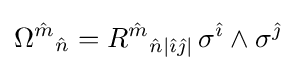
{\Omega ^{\hat {m}}}_{\hat {n}}={R^{\hat {m}}}_{{\hat {n}}|{\hat {\imath }}{\hat {\jmath }}|}\,\sigma ^{\hat {\imath }}\wedge \sigma ^{\hat {\jmath }}